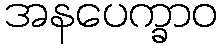
အနပေက္ခာဝ